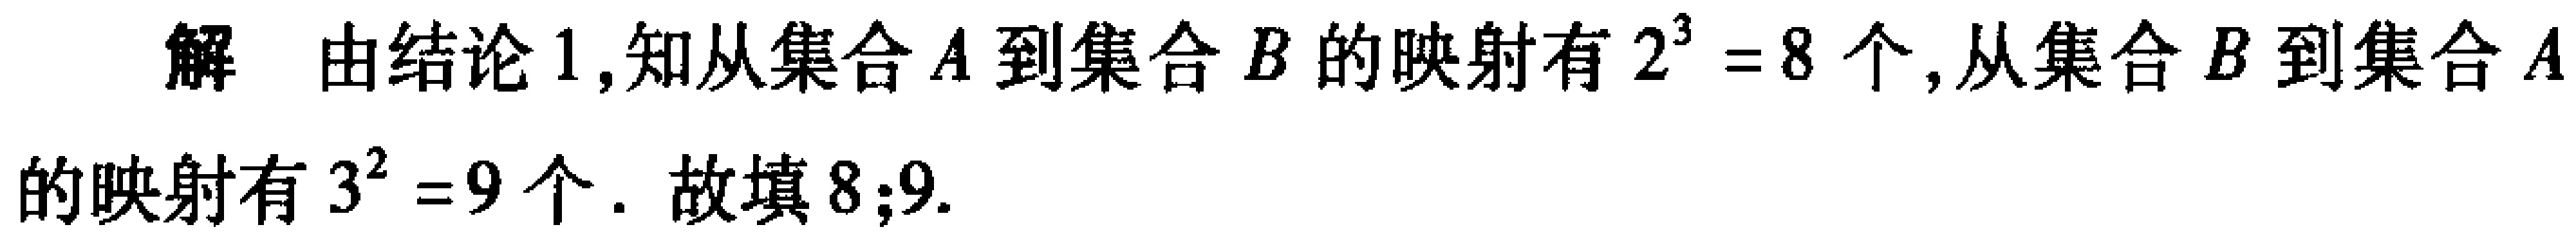
解 由结论 1,知从集合\(A\)到集合\(B\)的映射有\(2^{3}=8\)个,从集合\(B\)到集合\(A\)的映射有\(3^{2}=9\)个. 故填\(8;9\).